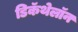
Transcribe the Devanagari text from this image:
डिकॅथेलॉन